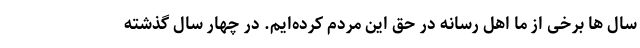
سال ها برخی از ما اهل رسانه در حق این مردم کرده‌ایم. در چهار سال گذشته